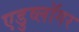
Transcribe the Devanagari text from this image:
एडुव्लॉगर